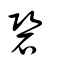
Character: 䂬